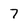
Character: 7